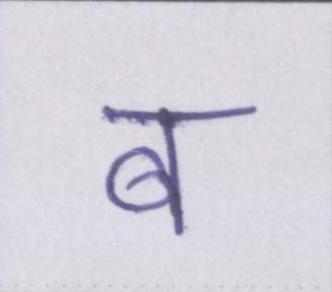
ब